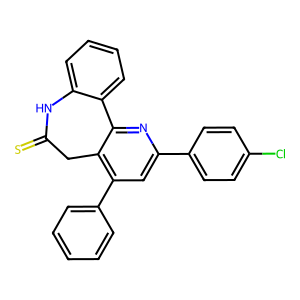
SMILES: S=C1Cc2c(-c3ccccc3)cc(-c3ccc(Cl)cc3)nc2-c2ccccc2N1
Inhibits HIV replication: No